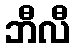
ဘီလီ